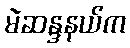
မဲဆန္ဒနယ်က